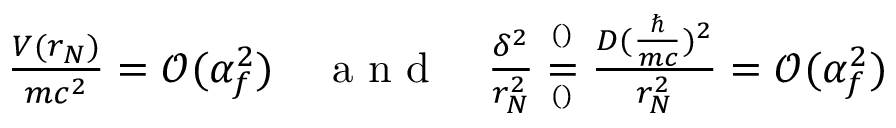
\begin{array} { r } { \frac { V ( r _ { N } ) } { m c ^ { 2 } } = \mathcal O ( \alpha _ { f } ^ { 2 } ) \quad \textrm { a n d } \quad \frac { \delta ^ { 2 } } { r _ { N } ^ { 2 } } \overset { ^ { ( ) } } { \underset { ^ { ( ) } } { = } } \frac { D ( \frac { \hbar } { m c } ) ^ { 2 } } { r _ { N } ^ { 2 } } = \mathcal O ( \alpha _ { f } ^ { 2 } ) } \end{array}